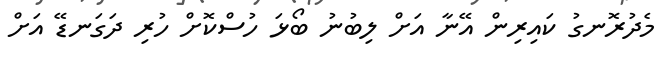
މެދުރޮނގު ކައިރިން އޭނާ އަށް ލިބުނު ބޯޅަ ހުސްކޮށް ހުރި ދަގަނޑޭ އަށް